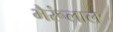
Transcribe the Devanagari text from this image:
भैरूंलाल